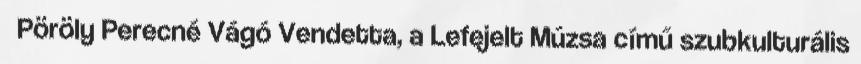
Pöröly Perecné Vágó Vendetta, a Lefejelt Múzsa című szubkulturális